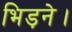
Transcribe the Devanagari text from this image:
भिड़ने।